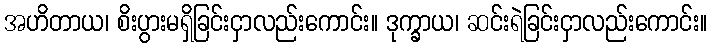
အဟိတာယ၊ စိးပွားမရှိခြင်းငှာလည်းကောင်း။ ဒုက္ခာယ၊ ဆင်းရဲခြင်းငှာလည်းကောင်း။